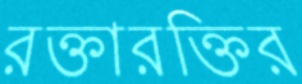
রক্তারক্তির